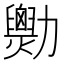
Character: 𠣆